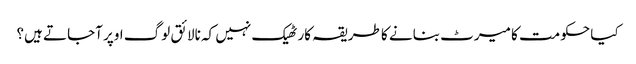
کیا حکومت کا میرٹ بنانے کا طریقہ کار ٹھیک نہیں کہ نالائق لوگ اوپر آجاتے ہیں؟